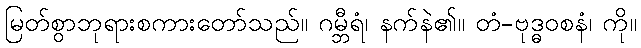
မြတ်စွာဘုရားစကားတော်သည်။ ဂမ္ဘီရံ၊ နက်နဲ၏။ တံ-ဗုဒ္ဓဝစနံ၊ ကို။